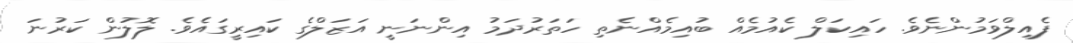
ފެއިލްވަމުންނެވެ. ހައިކަލް ކެއުމެއް ބުއިމެއްނެތި ހަތަރުދަމު އިންނަނީ އަޒަލްގެ ކައިރީގައެވެ. ލޮލުން ކަރުނަ